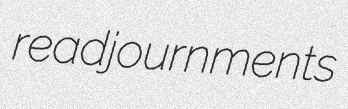
readjournments